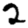
Digit: 2